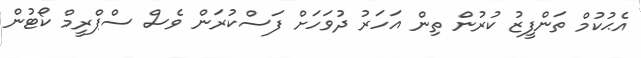
އެޙުކުމް ތަންފީޒު ކުރުން ތިން އަހަރު ދުވަހަށް ފަސްކުރަން ވެސް ސްޕްރީމް ކޯޓުން